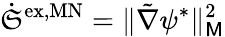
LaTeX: \dot{\mathfrak{S}}^{\mathrm{ex,MN}}=\lVert\tilde{\nabla}\psi^{*}\rVert_{\mathsf{M}}^{2}